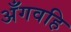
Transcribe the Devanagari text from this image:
अँगवहि